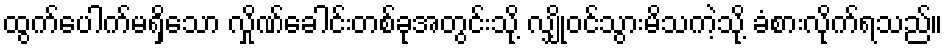
ထွက်ပေါက်မရှိသော လှိုဏ်ခေါင်းတစ်ခုအတွင်းသို့ လျှိုဝင်သွားမိသကဲ့သို့ ခံစားလိုက်ရသည်။